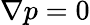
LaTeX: \nabla p=0